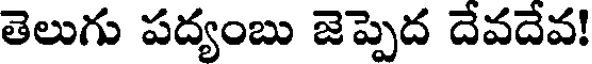
తెలుగు పద్యంబు జెప్పెద దేవదేవ!